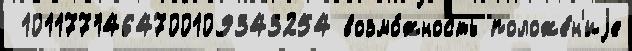
 1011771464700109343254 возмо́жность положе́н'иjе